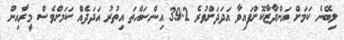
ލިބޭނެ ކަމަށް އަންދާޒާކޮށްފައިވާ އަދަދަށްވުރެ 39.2 އިންސައްތަ އިތުރު އަދަދެއް ކަމަށްވެސް މީރާއިން